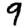
Digit: 9